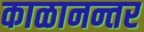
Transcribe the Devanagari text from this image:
काळानन्तर